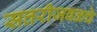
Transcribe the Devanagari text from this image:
सत्तरीजवळचे